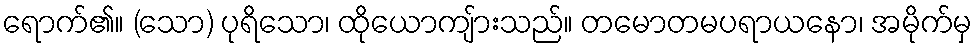
ရောက်၏။ (သော) ပုရိသော၊ ထိုယောကျ်ားသည်။ တမောတမပရာယနော၊ အမိုက်မှ